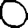
Digit: 0